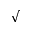
\sqrt { }